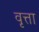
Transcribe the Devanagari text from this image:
वृत्ता